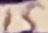
Text: 15